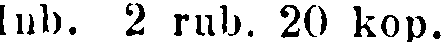
lnb. 2 rub. 20 kop.